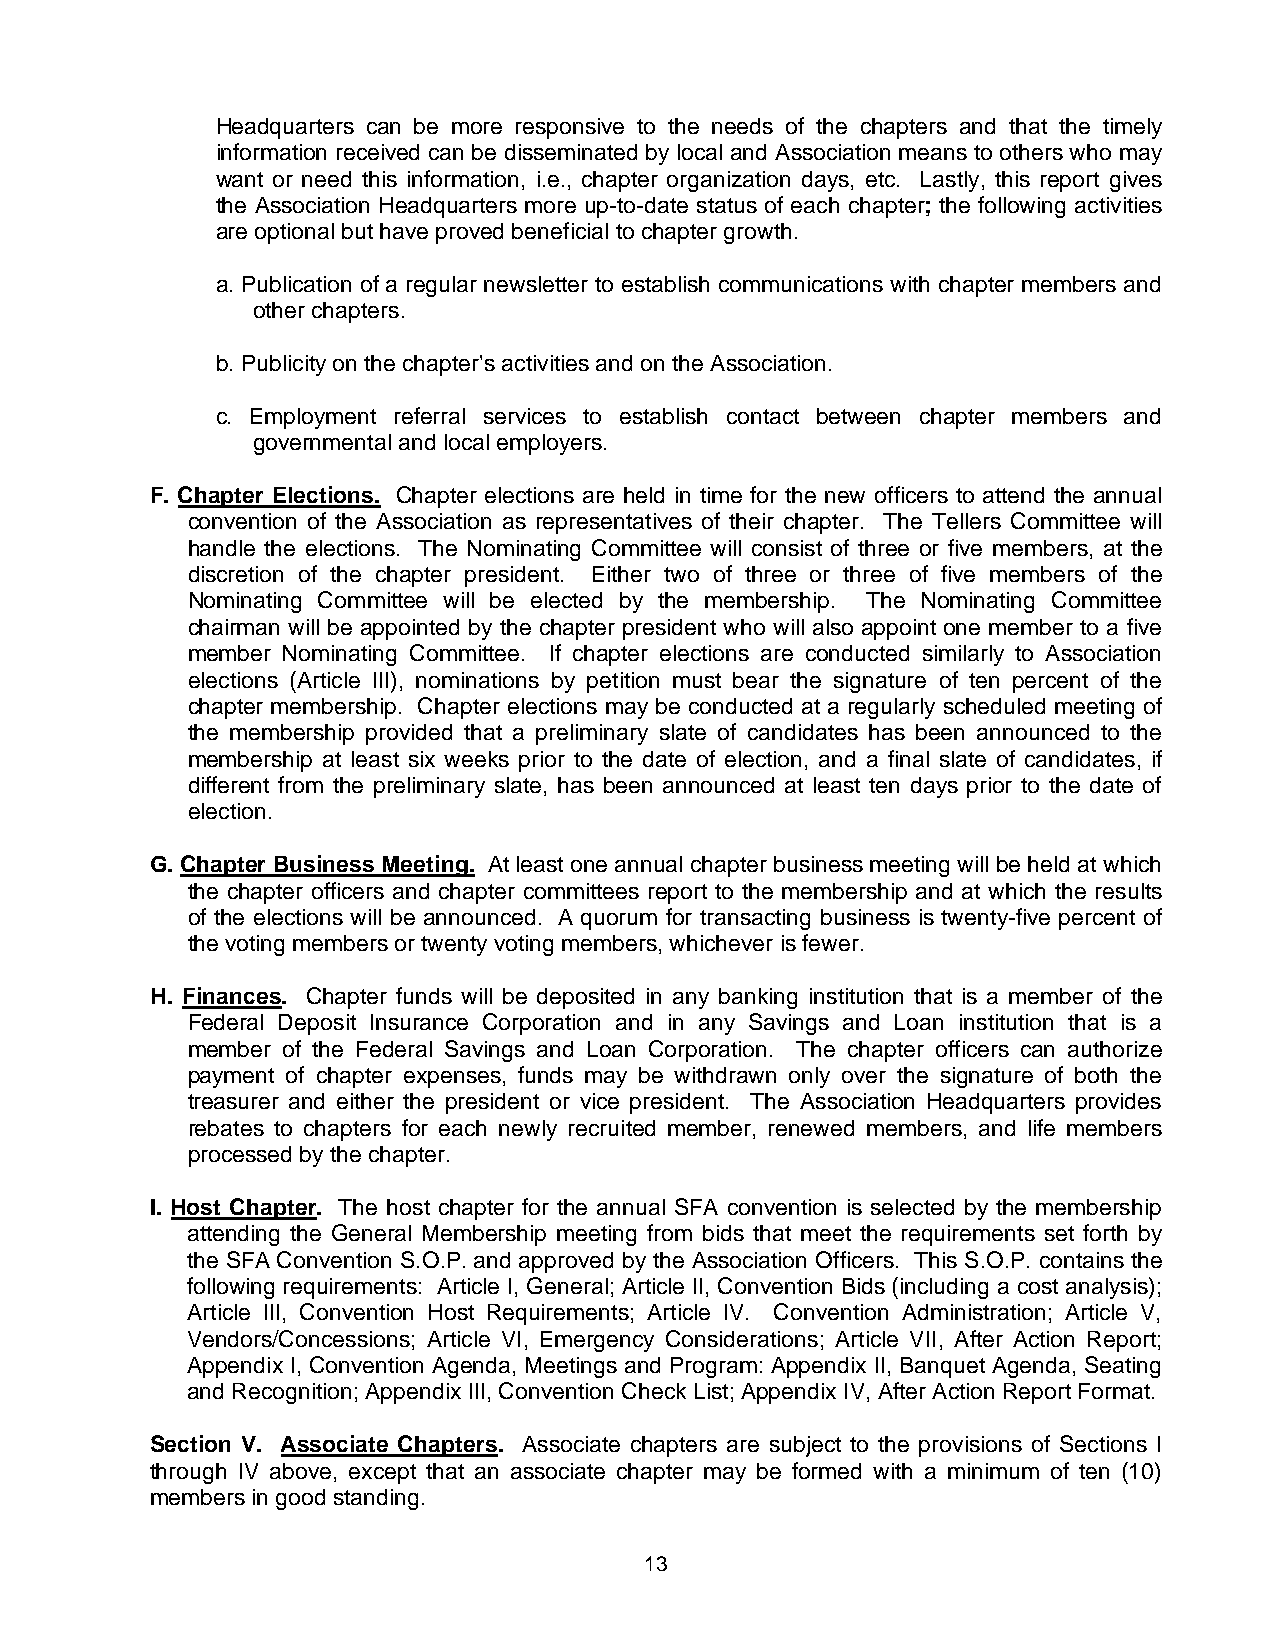
Headquarters can be more responsive to the needs of the chapters and that the timely
 information received can be disseminated by local and Association means to others who may
 want or need this information, i.e., chapter organization days, etc. Lastly, this report gives
 the Association Headquarters more up-to-date status of each chapter; the following activities
 are optional but have proved beneficial to chapter growth.
 a. Publication of a regular newsletter to establish communications with chapter members and
 other chapters.
 b. Publicity on the chapter's activities and on the Association.
 c. Employment referral services to establish contact between chapter members and
 governmental and local employers.
 F. Chapter Elections. Chapter elections are held in time for the new officers to attend the annual
 convention of the Association as representatives of their chapter. The Tellers Committee will
 handle the elections. The Nominating Committee will consist of three or five members, at the
 discretion of the chapter president. Either two of three or three of five members of the
 Nominating Committee will be elected by the membership. The Nominating Committee
 chairman will be appointed by the chapter president who will also appoint one member to a five
 member Nominating Committee. If chapter elections are conducted similarly to Association
 elections (Article III), nominations by petition must bear the signature of ten percent of the
 chapter membership. Chapter elections may be conducted at a regularly scheduled meeting of
 the membership provided that a preliminary slate of candidates has been announced to the
 membership at least six weeks prior to the date of election, and a final slate of candidates, if
 different from the preliminary slate, has been announced at least ten days prior to the date of
 election.
 G. Chapter Business Meeting. At least one annual chapter business meeting will be held at which
 the chapter officers and chapter committees report to the membership and at which the results
 of the elections will be announced. A quorum for transacting business is twenty-five percent of
 the voting members or twenty voting members, whichever is fewer.
 H. Finances. Chapter funds will be deposited in any banking institution that is a member of the
 Federal Deposit Insurance Corporation and in any Savings and Loan institution that is a
 member of the Federal Savings and Loan Corporation. The chapter officers can authorize
 payment of chapter expenses, funds may be withdrawn only over the signature of both the
 treasurer and either the president or vice president. The Association Headquarters provides
 rebates to chapters for each newly recruited member, renewed members, and life members
 processed by the chapter.
 I. Host Chapter. The host chapter for the annual SFA convention is selected by the membership
 attending the General Membership meeting from bids that meet the requirements set forth by
 the SFA Convention S.O.P. and approved by the Association Officers. This S.O.P. contains the
 following requirements: Article I, General; Article II, Convention Bids (including a cost analysis);
 Article III, Convention Host Requirements; Article IV. Convention Administration; Article V,
 Vendors/Concessions; Article VI, Emergency Considerations; Article VII, After Action Report;
 Appendix I, Convention Agenda, Meetings and Program: Appendix II, Banquet Agenda, Seating
 and Recognition; Appendix III, Convention Check List; Appendix IV, After Action Report Format.
 Section V. Associate Chapters. Associate chapters are subject to the provisions of Sections I
 through IV above, except that an associate chapter may be formed with a minimum of ten (10)
 members in good standing.
 13